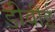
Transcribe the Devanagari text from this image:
डीवीई